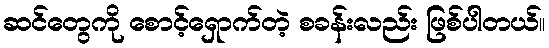
ဆင်တွေကို စောင့်ရှောက်တဲ့ စခန်းလည်း ဖြစ်ပါတယ်။